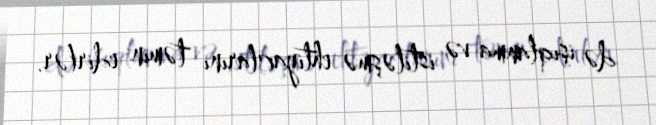
də işıqlanma və istiləşmə ehtiyaclarını təmin edirlər.